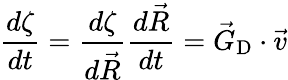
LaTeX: \frac{d\zeta}{dt}=\frac{d\zeta}{d\vec{R}}\frac{d\vec{R}}{dt}=\vec{G}_{\textrm{D}}\cdot\vec{v}